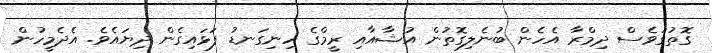
ގޮތުގަވެސް ދިމްރާ އެހެން ބުނެލިގޮތުން އުޝާއާއި ރީމްގެ ހިނިގަނޑު ފަޅައިގެން ދިޔައެވެ. އެދެމީހުން